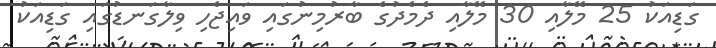
ގަޑިއަކު 25 މޭލާއި 30 މޭލާއި ދެމެދުގެ ބާރުމިނުގައި ވައިޖެހި ވިލާގަނޑުގައި ގަޑިއަކު